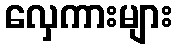
လှေကားများ